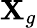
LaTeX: \mathbf{X}_{g}